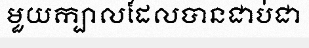
មួយក្បាលដែលបានជាប់ជា